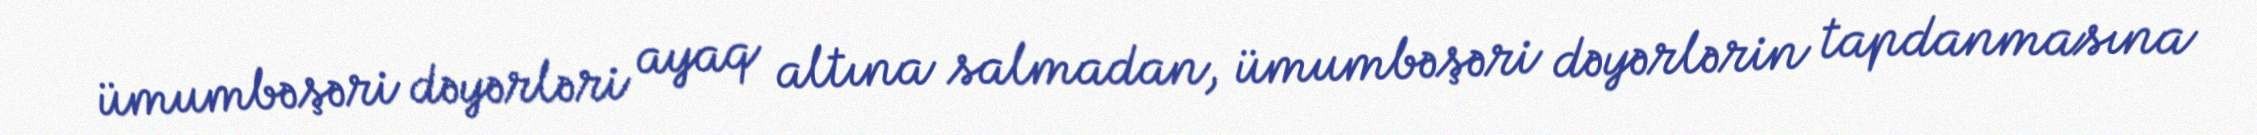
ümumbəşəri dəyərləri ayaq altına salmadan, ümumbəşəri dəyərlərin tapdanmasına